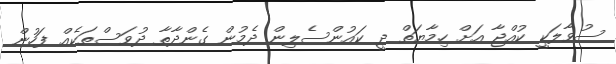
ސުވާލަކީ ކުއްޖާ އަށް ހިމާޔަތް ދީ ކައުންސެލިން ދެމުން ގެންދާތާ ދުވަސްތަކެއް ފަހުން